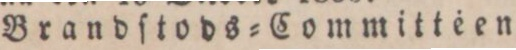
Brandſtods=Committéen.